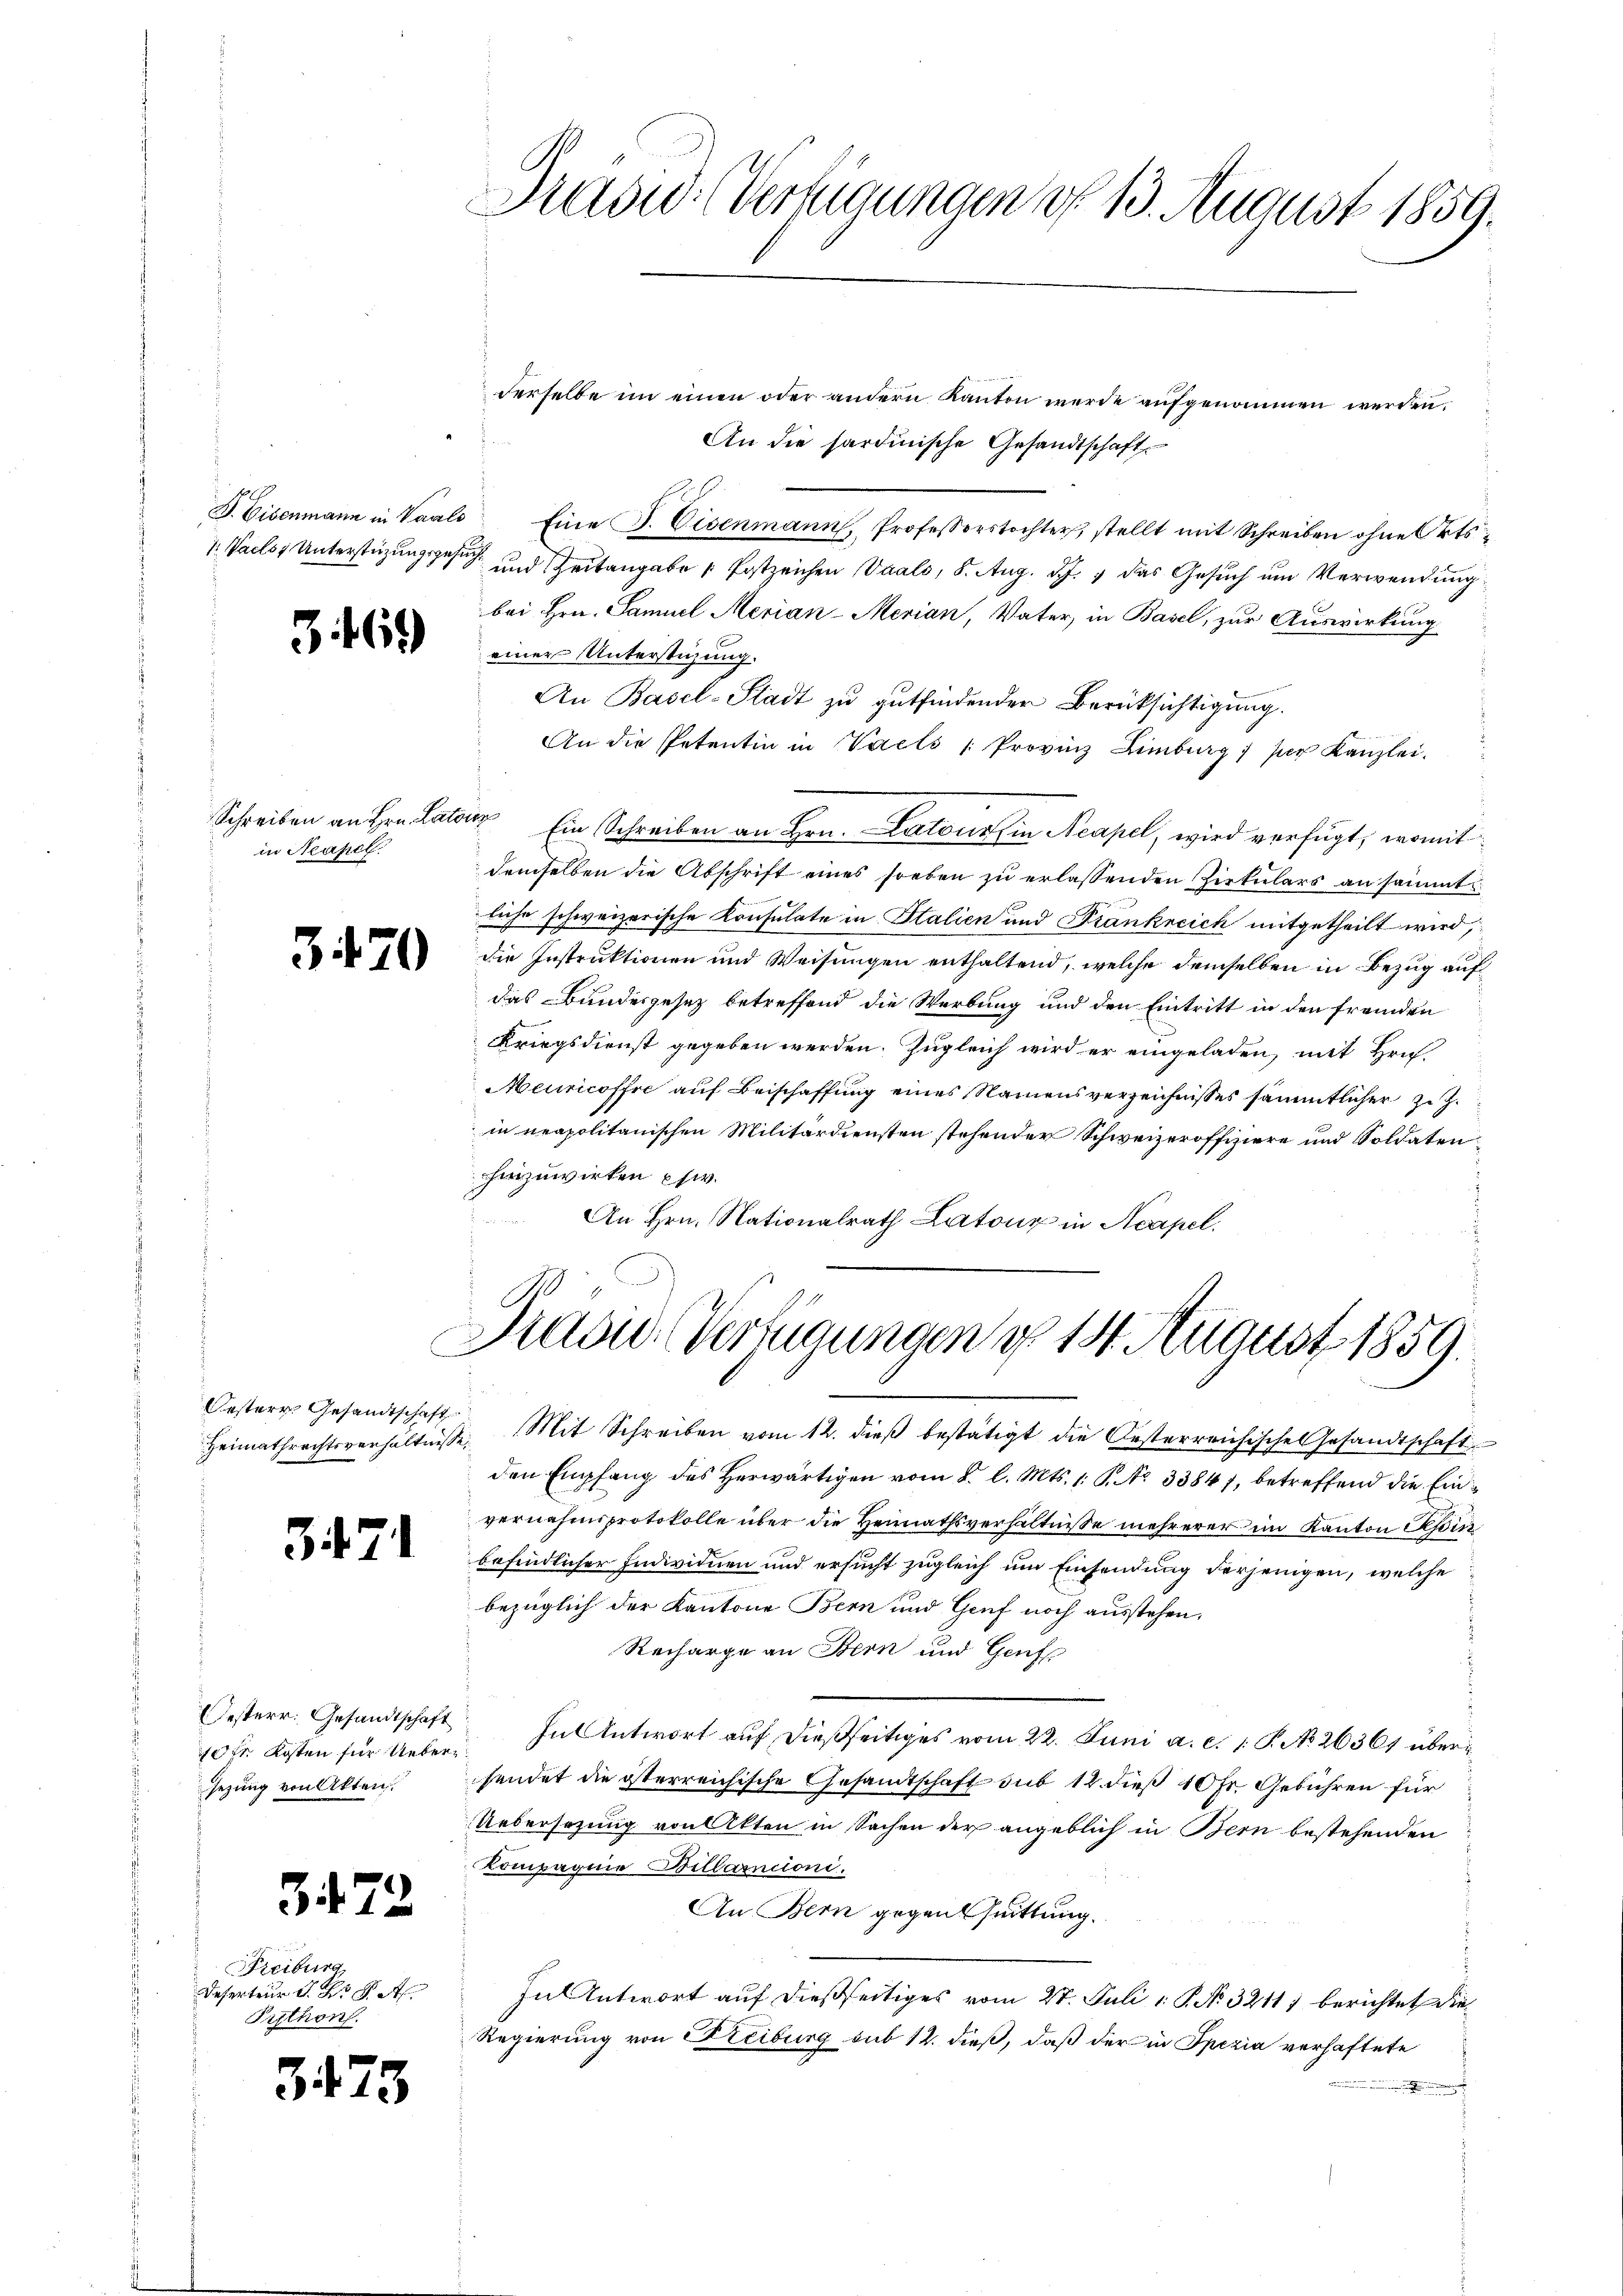
Prasis. (Verfügungen vf 13. August 1859.

derselbe im einen oder andern Kanton werde aufgenommen werden.
An die sardinische Gesandtschaft
B. Eisenmann in Vaals Eine P. Eisenmann, Professorstochter, stellt mit Schreiben ohne Orts-
V. Pacts Unterstüzungsgesuch und Zeitangabe u Postzeichen Vaals, 8. Aug. d. J. 1 das Gesuch um Verwendung
bei Hrn. Samuel Merian-Merian, Vater, in Basel, zur Auswirkung
einer Unterstüzung.
An Basel-Stadt zu gutfindender Berücksichtigung.
An die Petentin in Vacts Provinz Limburg) per Kanzlei.
Ein Schreiben an Hrn. Latons in Neapel, wird verfügt, womit
demselben die Abschrift eines soeben zu erlassenden Zirkulars an sämmt
liche schweizerische Konsulate in Italien und Frankreich mitgetheilt wird,
die Instruktionen und Weisungen enthaltend, welche demselben in Bezug auf
das Bundesgesetz betreffend die Werbung und den Eintritt in den fremden
Kriegsdienst gegeben werden. Zugleich wird er eingeladen, mit Hrn.
Meuricoffre auf Beischaffung eines Namensverzeichnisses sämmtlicher z. Z.
in neapolitanischen Militärdiensten stehender Schweizeroffiziere und Soldaten.
zuwirken usw.
An Hrn. Nationalrath Latone in Neapel.

)

3

Schreiben an Hrn. Latons
in Neapel.

3470

Präsid. Verfügungen d. 14. August 1859.

Oesterr. Gesandtschaft

Heimathrechtsverhältnisse. Mit Schreiben vom 12. dieβ bestätigt die Oesterreichische Gesandtschaft
den Empfang des Herwärtigen vom 8. l. Mts. 1. P. Nr. 33847, betreffend die Einvernahmsprotokolle über die Heimathsverhältnisse mehrerer im Kanton Pessini
befindlicher Individuen und ersucht zugleich um Einsendung derjenigen, welche
bezüglich der Kantone Bern und Genf noch ausstehen,
Recharge an Bern und Genf
In Antwort auf dießseitiges vom 22. Juni a. c. 1. P. No 26361 übersendet die österreichische Gesandtschaft sub 12. dieß 10 Fr. Gebühren für
Uebersezung von Akten in Sachen der angeblich in Bern bestehenden
Kompagnie Billamncioni.
An Bern gegen Quittung.
In Antwort auf dießseitiges vom 27. Juli [ P. No. 32117 berichtet die
Regierung von Freiburg sub 12. dieß, daß der in Spezia verhaftete

371

Oesterr. Gesandtschaft
10fr. Kosten für Uebersezung von Akten.

372

Freiburg,
Deserteur d. R. P. Ap
Puthon.

3473